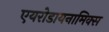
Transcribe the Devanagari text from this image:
एयरोडायनामिक्स